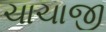
ચાચાજી